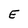
Character: E